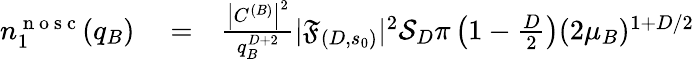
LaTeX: \begin{array}{rlr}{n_{1}^{\mathrm{~n~o~s~c~}}(q_{B})}&{{}=}&{\frac{\left|C^{(B)}\right|^{2}}{q_{B}^{D+2}}|\mathfrak{F}_{(D,s_{0})}|^{2}\mathcal{S}_{D}\pi\left(1-\frac D2\right)(2\mu_{B})^{1+D/2}}\end{array}